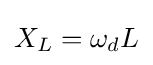
X_{L}=\omega _{d}L\,\!